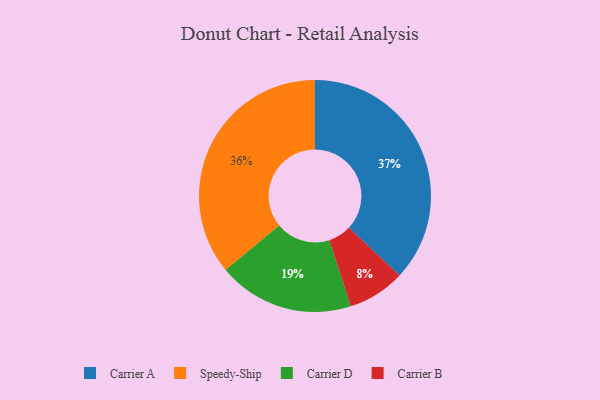
{"axis": {"x": "Category", "y": "Percentage"}, "legend": ["Carrier A", "Carrier B", "Carrier D", "Speedy-Ship"], "data": [{"x": "Carrier D", "y": 19, "type": "Carrier D"}, {"x": "Speedy-Ship", "y": 36, "type": "Speedy-Ship"}, {"x": "Carrier B", "y": 8, "type": "Carrier B"}, {"x": "Carrier A", "y": 37, "type": "Carrier A"}]}